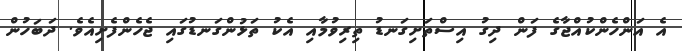
އެ އަންހެންކުއްޖާގެ ފަން ދިގު އިސްތަށިގަނޑު ތިރިވުމާއި އެކު ތަޅުންގަނޑުގައި ޖެހެންފެށިއެވެ. ދަބަހުން